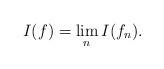
LaTeX: \begin{align*} I(f)= \lim_{n} I(f_n). \end{align*}